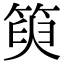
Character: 𥯮